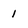
Character: 1